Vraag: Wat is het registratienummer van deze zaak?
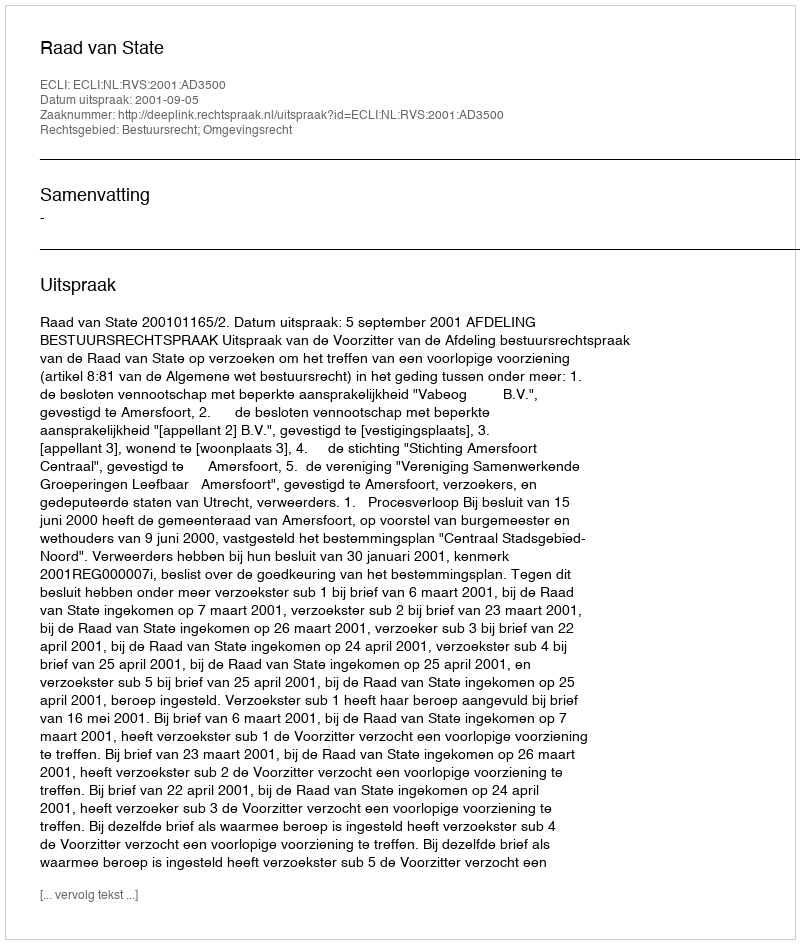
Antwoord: http://deeplink.rechtspraak.nl/uitspraak?id=ECLI:NL:RVS:2001:AD3500